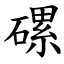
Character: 磥